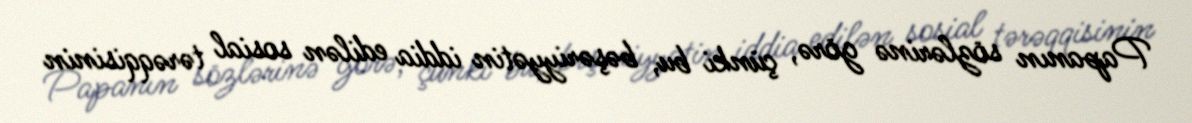
Papanın sözlərinə görə, çünki bu, bəşəriyyətin iddia edilən sosial tərəqqisinin